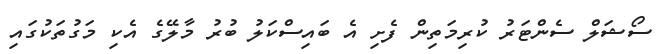
ސޯޝަލް ސެންޓަރު ކުރިމަތިން ފެށި އެ ބައިސްކަލު ބުރު މާލޭގެ އެކި މަގުތަކުގައި